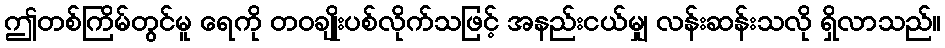
ဤတစ်ကြိမ်တွင်မူ ရေကို တဝချိုးပစ်လိုက်သဖြင့် အနည်းငယ်မျှ လန်းဆန်းသလို ရှိလာသည်။